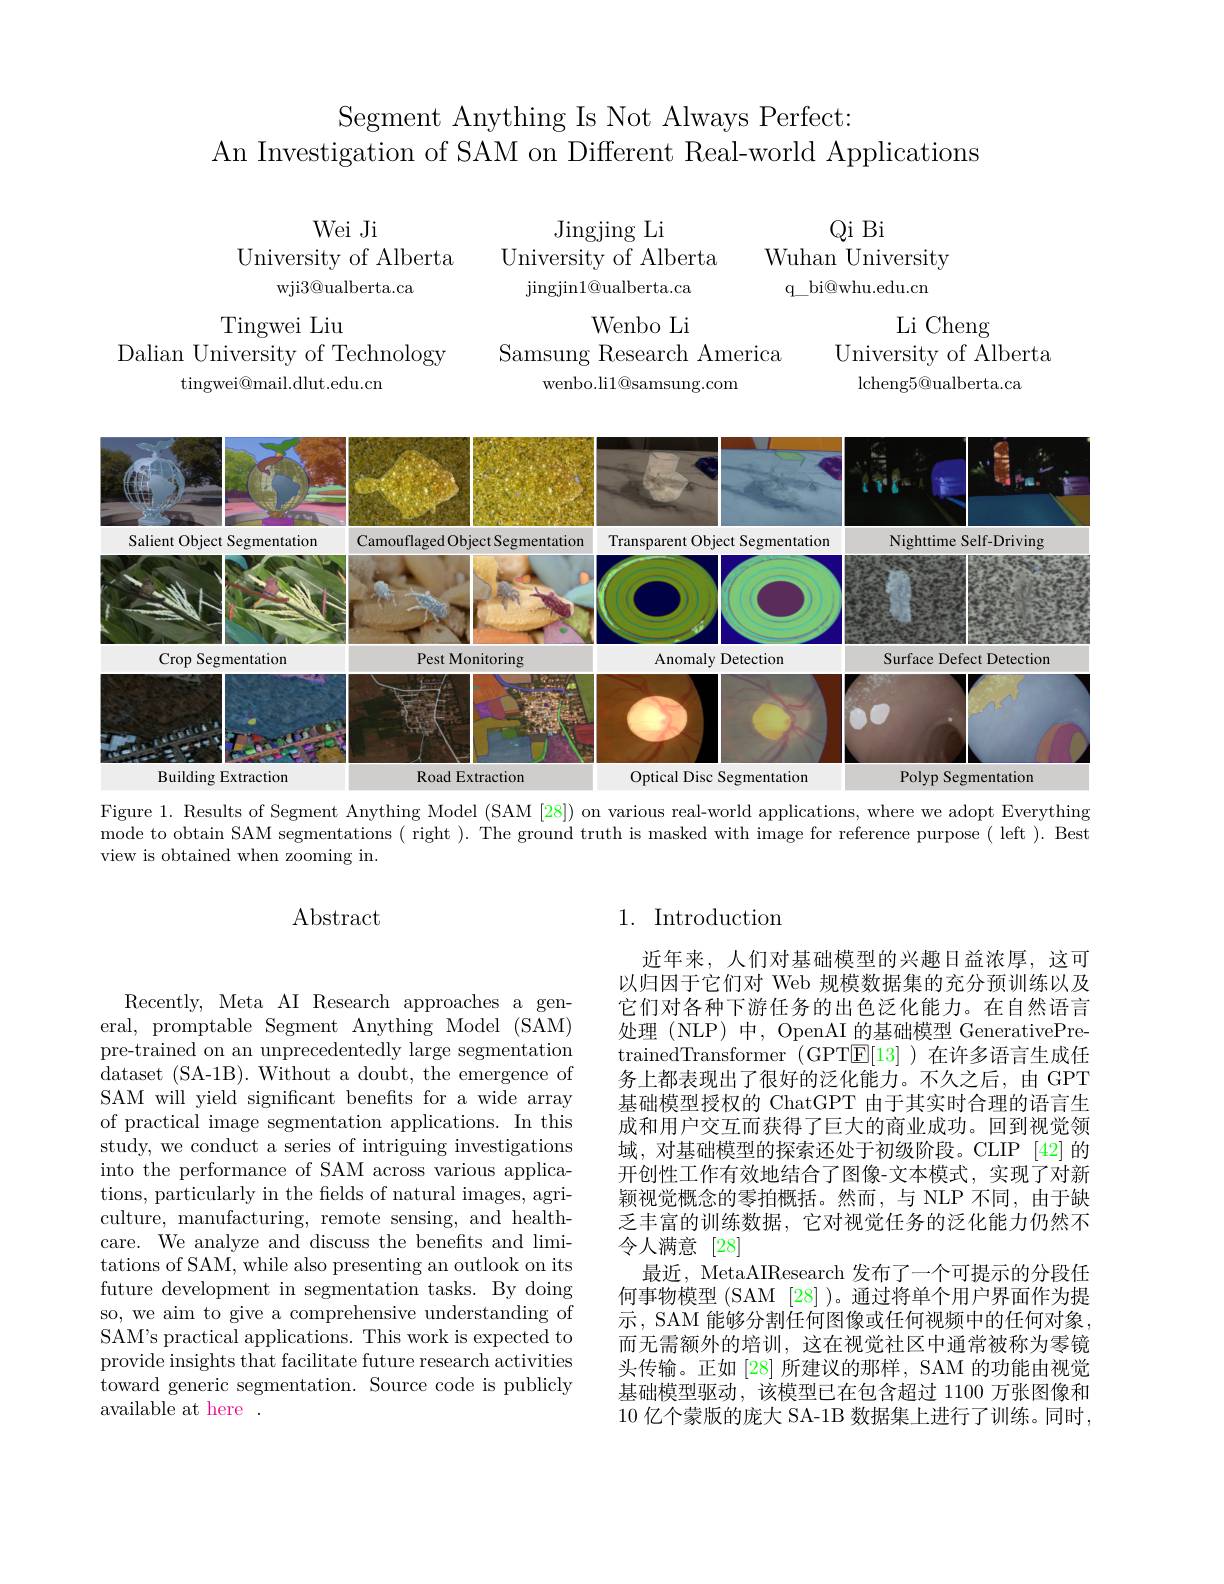
Segment Anything Is Not Always Perfect:
An Investigation of SAM on Different Real-world Applications

Qi Bi

Jingjing Li

Wuhan University

University of Alberta

Wei Ji
University of Alberta
wji3@ualberta.ca

q$\_$bi@ whu. edu. cn

jingjin1@ ualberta. ca

Wenbo Li

Li Cheng
University of Alberta
lcheng5@ualberta.ca

Tingwei Liu
Dalian University of Technology
$\operatorname{tingwei@mail.dlut.edu.cn}$

Samsung Research America
wenbo.li1@samsung.com

<FigureHere>
Figure 1. Results of Segment Anything Model (SAM [28]) on various real-world applications, where we adopt Everything

mode to obtain SAM segmentations ( right ). The ground truth is masked with image for reference purpose ( left ). Best

view is obtained when zooming in.

## $\operatorname{Abstract}$

## 1. Introduction

近年来，人们对基础模型的兴趣日益浓厚，这可以归因于它们对 Web 规模数据集的充分预训练以及它们对各种下游任务的出色泛化能力。在自然语言处理(NLP) 中，OpenAI 的基础模型 GenerativePretrainedTransformer (GPT$\mathbb{E}[13]$ )在许多语言生成任务上都表现出了很好的泛化能力。不久之后，由 GPT 基础模型授权的 ChatGPT 由于其实时合理的语言生成和用户交互而获得了巨大的商业成功。回到视觉领域，对基础模型的探索还处于初级阶段。CLIP [42] 的开创性工作有效地结合了图像-文本模式，实现了对新颖视觉概念的零拍概括。然而，与 NLP 不同，由于缺乏丰富的训练数据，它对视觉任务的泛化能力仍然不令人满意[28]
最近，MetaAIResearch 发布了一个可提示的分段任何事物模型 (SAM [28] )。通过将单个用户界面作为提示，SAM 能够分割任何图像或任何视频中的任何对象， 而无需额外的培训，这在视觉社区中通常被称为零镜头传输。正如[28]所建议的那样，SAM 的功能由视觉基础模型驱动，该模型已在包含超过 1100 万张图像和10 亿个蒙版的庞大 SA-1B 数据集上进行了训练。同时，

Recently, Meta AI Research approaches a general, promptable Segment Anything Model (SAM) pre-trained on an unprecedentedly large segmentation dataset (SA-1B). Without a doubt, the emergence of SAM will yield significant benefits for a wide array of practical image segmentation applications. In this study, we conduct a series of intriguing investigations into the performance of SAM across various applications, particularly in the fields of natural images, agriculture, manufacturing, remote sensing, and healthcare. We analyze and discuss the benefits and limitations of SAM, while also presenting an outlook on its future development in segmentation tasks. By doing so, we aim to give a comprehensive understanding of SAM's practical applications. This work is expected to provide insights that facilitate future research activities toward generic segmentation. Source code is publicly available at here .